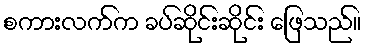
စကားလက်က ခပ်ဆိုင်းဆိုင်း ဖြေသည်။